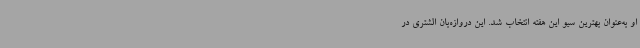
او به‌عنوان بهترین سیو این هفته انتخاب شد. این دروازه‌بان الشتری در